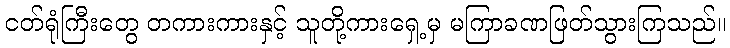
ငတ်ရုံကြီးတွေ တကားကားနှင့် သူတို့ကားရှေ့မှ မကြာခဏဖြတ်သွားကြသည်။